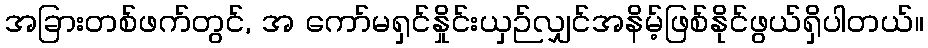
အခြားတစ်ဖက်တွင်, အ ကော်မရှင်နှိုင်းယှဉ်လျှင်အနိမ့်ဖြစ်နိုင်ဖွယ်ရှိပါတယ်။